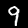
Digit: 9